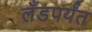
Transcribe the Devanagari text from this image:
लँडपर्यंत